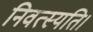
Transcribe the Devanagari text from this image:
निवत्स्यति।